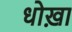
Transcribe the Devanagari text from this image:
धोख़ा